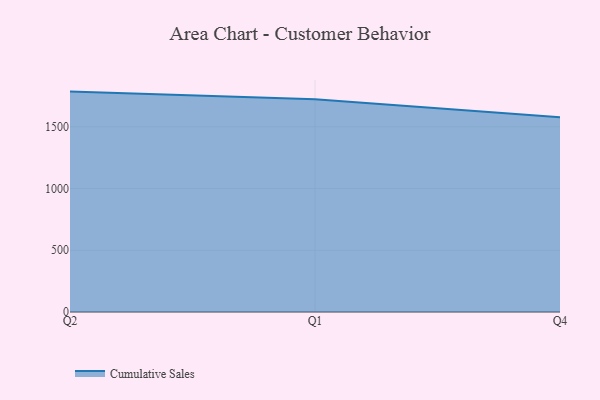
{"axis": {"x": "Quarter", "y": "Shipments"}, "legend": ["Cumulative Sales"], "data": [{"x": "Q2", "y": 1785.2, "type": "Cumulative Sales"}, {"x": "Q1", "y": 1723.4, "type": "Cumulative Sales"}, {"x": "Q4", "y": 1577.2, "type": "Cumulative Sales"}]}